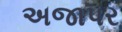
અજાપર